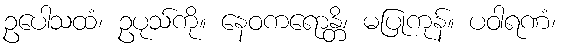
ဥပေါသထံ၊ ဥပုသ်ကို။ နေဝကရောန္တိ၊ မပြုကုန်။ ပဝါရဏံ၊